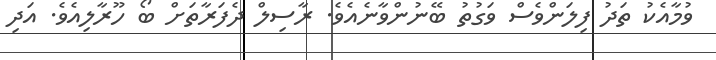
ވުމާއެކު ތަދު ފިލަންވެސް ވަގުތު ބޭނުންވާނެއެވެ. ރާސިލް ދެފަރާތަށް ބޯ ހޫރާލިއެވެ. އަދި